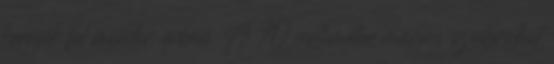
keresik fel minden évben. A 70 centiméter magas szobrokat